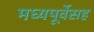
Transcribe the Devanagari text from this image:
मध्यपूर्वेसह